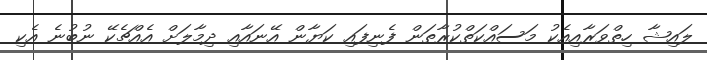
ލައިޝާ ހިތްވަރާއިއެކު މަސައްކަތްކުރާތަން ފެނިފައި ކަޔާން އޭނައާއި ދިމާލަށް އެއްޗެކޭ ނުބުނެ އެކި